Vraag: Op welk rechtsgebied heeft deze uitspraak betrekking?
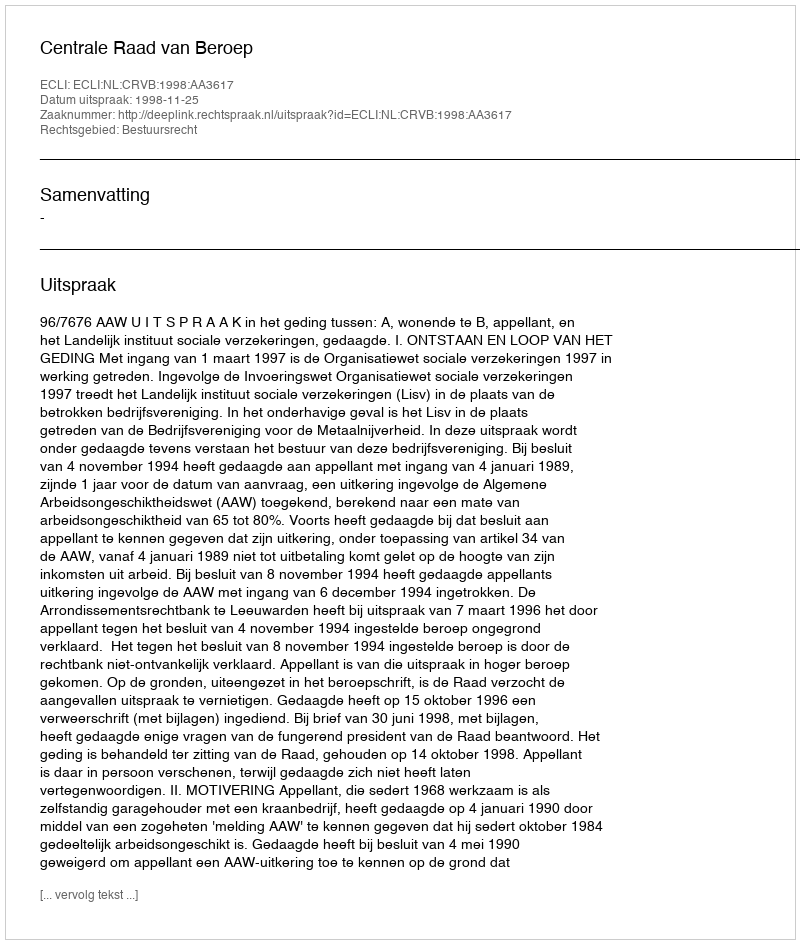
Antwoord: Bestuursrecht